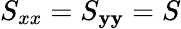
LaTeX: S_{xx}=S_{\mathbf{y}\mathbf{y}}=S